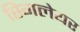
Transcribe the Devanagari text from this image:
स्गिलेयर